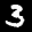
Label: 3